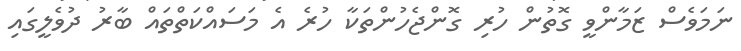
ނަމަވެސް ޒަމާންވީ ގޮތުން ހުރި ގޮންޖެހުންތަކާ ހުރެ އެ މަސައްކަތްތައް ބާރު ދުވެލީގައި